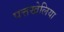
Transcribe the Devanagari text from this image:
पत्तखेलिया